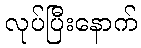
လုပ်ပြီးနောက်